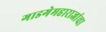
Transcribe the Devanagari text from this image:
गाडगेमहाराजांचा